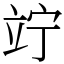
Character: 竚